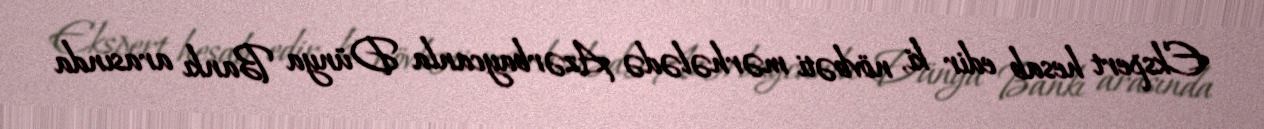
Ekspert hesab edir ki, növbəti mərhələdə Azərbaycanla Dünya Bankı arasında